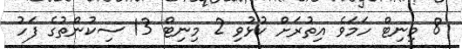
8 މިނިޓް ހަމަވެ އިތުރަށް ކުޅުވި 2 މިނިޓް 13 ސިކުންތުގެ ފަހު